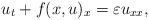
LaTeX: \begin{align*}u_t + f(x, u)_x = \varepsilon u_{xx},\end{align*}